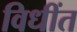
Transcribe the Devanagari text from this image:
विधींत